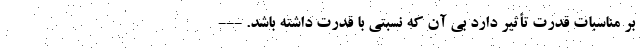
بر مناسبات قدرت تأثیر دارد بی آن که نسبتی با قدرت داشته باشد. ---